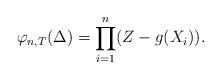
LaTeX: \begin{align*}\varphi_{n, T} (\Delta) = \prod_{i=1}^n (Z - g(X_i)).\end{align*}